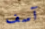
آسف